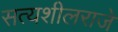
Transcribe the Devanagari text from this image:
सत्यशीलराजे